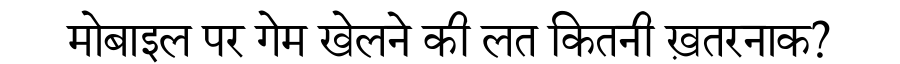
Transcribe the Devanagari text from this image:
मोबाइल पर गेम खेलने की लत कितनी ख़तरनाक?